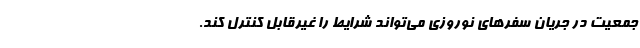
جمعیت در جریان سفرهای نوروزی می‌تواند شرایط را غیرقابل کنترل کند.